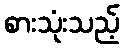
စားသုံးသည့်